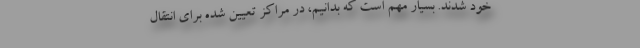
خود شدند. بسیار مهم است که بدانیم، در مراکز تعیین شده برای انتقال